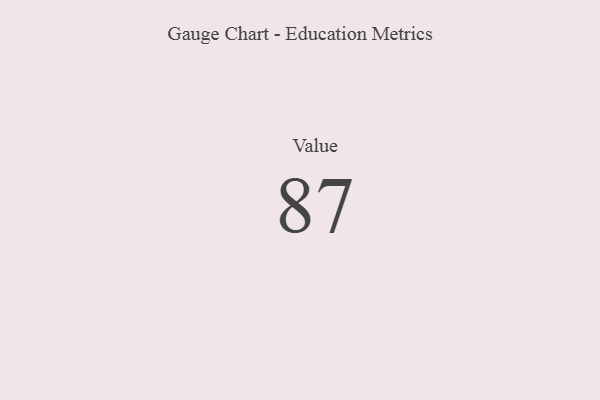
{"axis": {"x": "Metric", "y": "Value"}, "legend": [""], "data": [{"x": "Value", "y": 87, "type": ""}]}